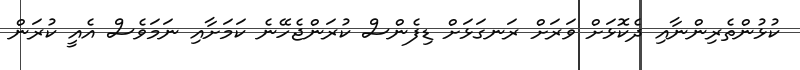
ކުޅުންތެރިންނާއި ދެކޮޅަށް ވަރަށް ރަނގަޅަށް ޑިފެންސް ކުރަންޖެހޭނެ ކަމަށާއި ނަމަވެސް އެއީ ކުރަން